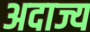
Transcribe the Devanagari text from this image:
अदाज्य